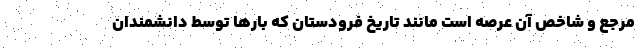
مرجع و شاخص آن عرصه است مانند تاریخ فرودستان که بارها توسط دانشمندان